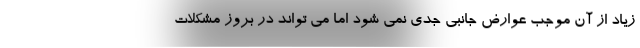
زیاد از آن موجب عوارض جانبی جدی نمی شود اما می تواند در بروز مشکلات